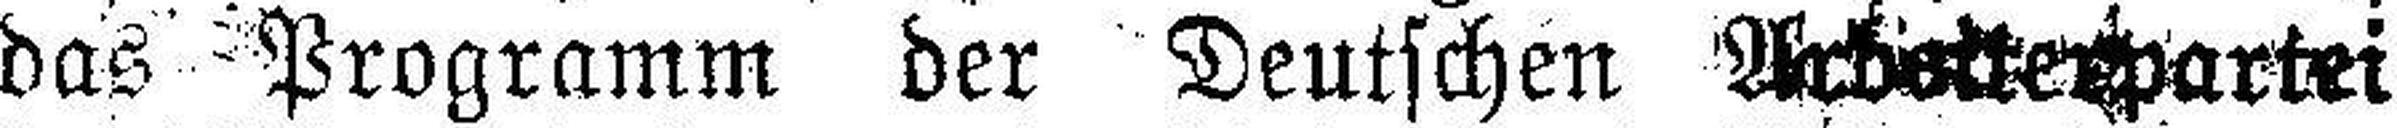
das Programm der Deutschen Arbeiterpartei